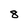
Character: 8